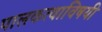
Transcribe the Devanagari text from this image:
पालकत्वाविषयी